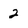
Character: 2